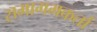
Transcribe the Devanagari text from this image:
समागमकर्ता